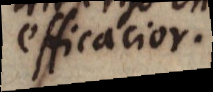
efficacior.